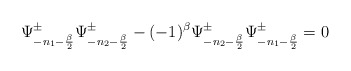
\begin{align*}\Psi^{\pm}_{-n_1-{\beta \over 2}} \Psi^{\pm}_{-n_2-{\beta \over 2}}-(-1)^{\beta}\Psi^{\pm}_{-n_2-{\beta \over 2}} \Psi^{\pm}_{-n_1-{\beta \over 2}}=0\end{align*}